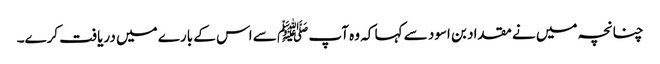
چنانچہ میں نے مقداد بن اسود سے کہا کہ وہ آپ ﷺ سے اس کے بارے میں دریافت کرے۔